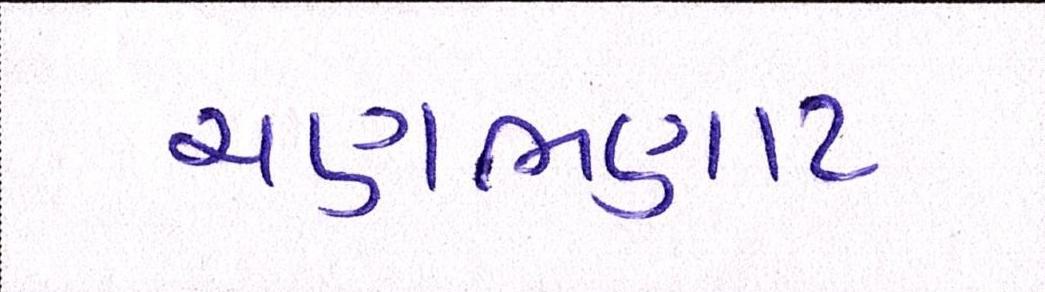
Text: ચણભણાટ